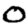
Digit: 0